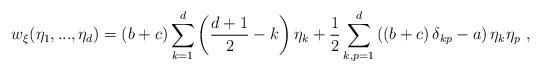
LaTeX: \begin{align*} w_{\xi}(\eta_{1},..., \eta_{d}) =\left( {b + c} \right)\mathop \sum \limits_{k = 1}^d \left( {\frac{{d + 1}}{2} - k} \right){\eta_k} + \frac{1}{2}\mathop \sum \limits_{k,p = 1}^d \left( {\left( {b + c} \right){\delta _{kp}} - a} \right){\eta_k}{\eta_p} \ ,\end{align*}